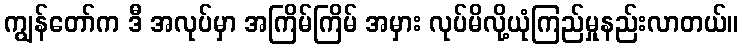
ကျွန်တော်က ဒီ အလုပ်မှာ အကြိမ်ကြိမ် အမှား လုပ်မိလို့ယုံကြည်မှုနည်းလာတယ်။